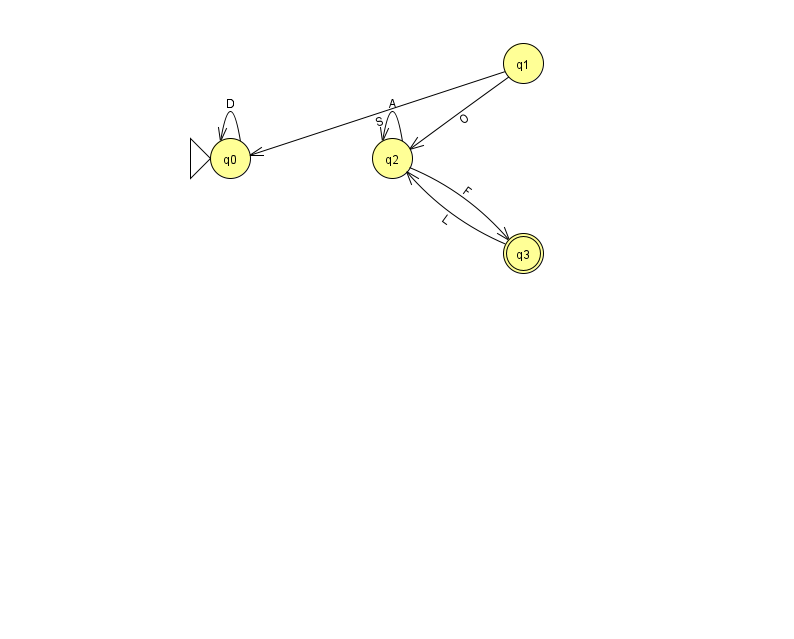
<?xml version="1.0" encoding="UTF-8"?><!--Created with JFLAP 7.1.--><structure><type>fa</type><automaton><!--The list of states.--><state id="0" name="q0"><x>230.0</x><y>145.0</y><initial/></state><state id="1" name="q1"><x>523.0</x><y>50.0</y></state><state id="2" name="q2"><x>392.0</x><y>145.0</y></state><state id="3" name="q3"><x>523.0</x><y>240.0</y><final/></state><!--The list of transitions.--><transition><from>2</from><to>2</to><read>A</read></transition><transition><from>1</from><to>2</to><read>O</read></transition><transition><from>0</from><to>0</to><read>D</read></transition><transition><from>3</from><to>2</to><read>L</read></transition><transition><from>1</from><to>0</to><read>S</read></transition><transition><from>2</from><to>3</to><read>F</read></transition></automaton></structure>